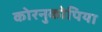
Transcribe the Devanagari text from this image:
कोरनुकोपिया